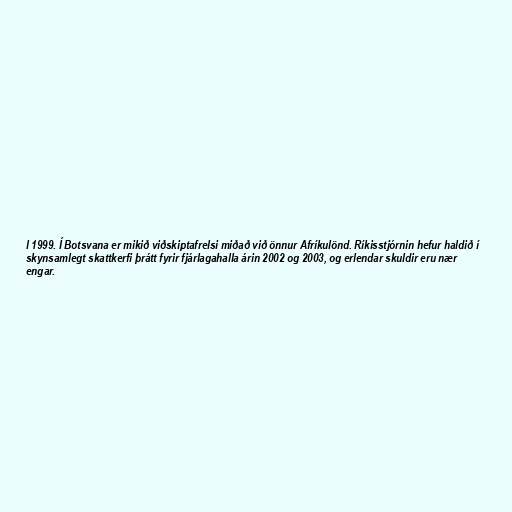
l 1999. Í Botsvana er mikið viðskiptafrelsi miðað við önnur Afríkulönd. Ríkisstjórnin hefur haldið í
skynsamlegt skattkerfi þrátt fyrir fjárlagahalla árin 2002 og 2003, og erlendar skuldir eru nær
engar.